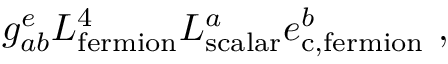
g _ { a b } ^ { e } L _ { \mathrm { f e r m i o n } } ^ { 4 } L _ { \mathrm { s c a l a r } } ^ { a } e _ { \mathrm { c , f e r m i o n } } ^ { b } ~ ,